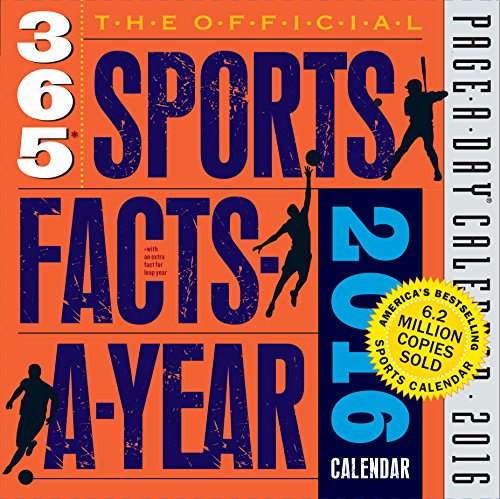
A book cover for The Official 365 Sports Facts-A-Year Page-A-Day Calendar 2016; John Snyder; Calendars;